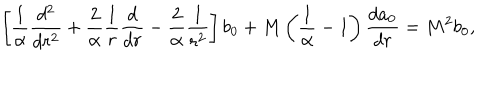
\left[ { \frac { 1 } { \alpha } } { \frac { d ^ { 2 } } { d r ^ { 2 } } } + { \frac { 2 } { \alpha } } { \frac { 1 } { r } } { \frac { d } { d r } } - { \frac { 2 } { \alpha } } { \frac { 1 } { r ^ { 2 } } } \right] b _ { 0 } + M \left( { \frac { 1 } { \alpha } } - 1 \right) { \frac { d a _ { 0 } } { d r } } = M ^ { 2 } b _ { 0 } ,